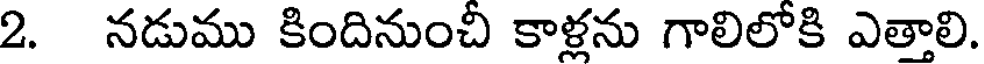
2. నడుము కిందినుంచి కాళ్లను గాలిలోకి ఎతాలి.